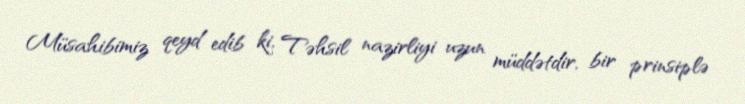
Müsahibimiz qeyd edib ki, Təhsil nazirliyi uzun müddətdir, bir prinsiplə